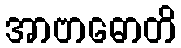
အာဗာဓောတိ